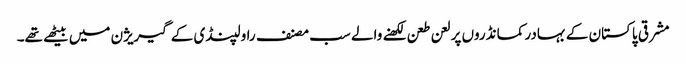
مشرقی پاکستان کے بہادر کمانڈروں پر لعن طعن لکھنے والے سب مصنف راولپنڈی کے گیریژن میں بیٹھے تھے۔